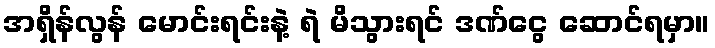
အရှိန်လွန် မောင်းရင်းနဲ့ ရဲ မိသွားရင် ဒဏ်ငွေ ဆောင်ရမှာ။